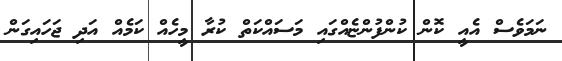
ނަމަވެސް އެއީ ކޮން ކުންފުންޏެއްގައި މަސައްކަތް ކުރާ މީހެއް ކަމެއް އަދި ޖަހައިގަން